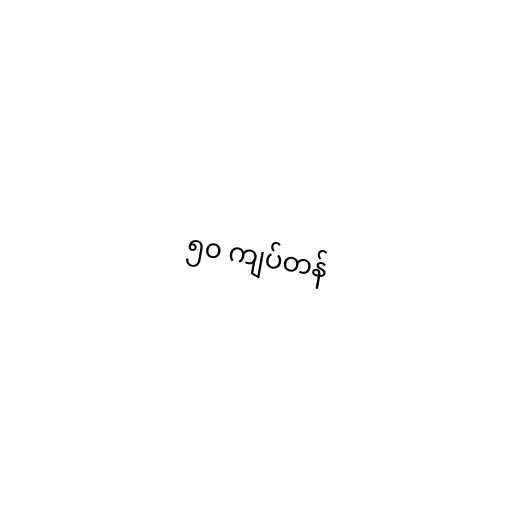
၅၀ ကျပ်တန်